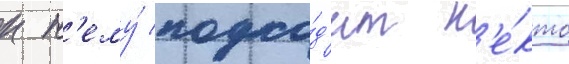
к н'ему́ подхо́д'ит н'е́кто